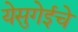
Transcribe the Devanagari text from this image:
येसुगेईचे